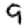
Digit: 9